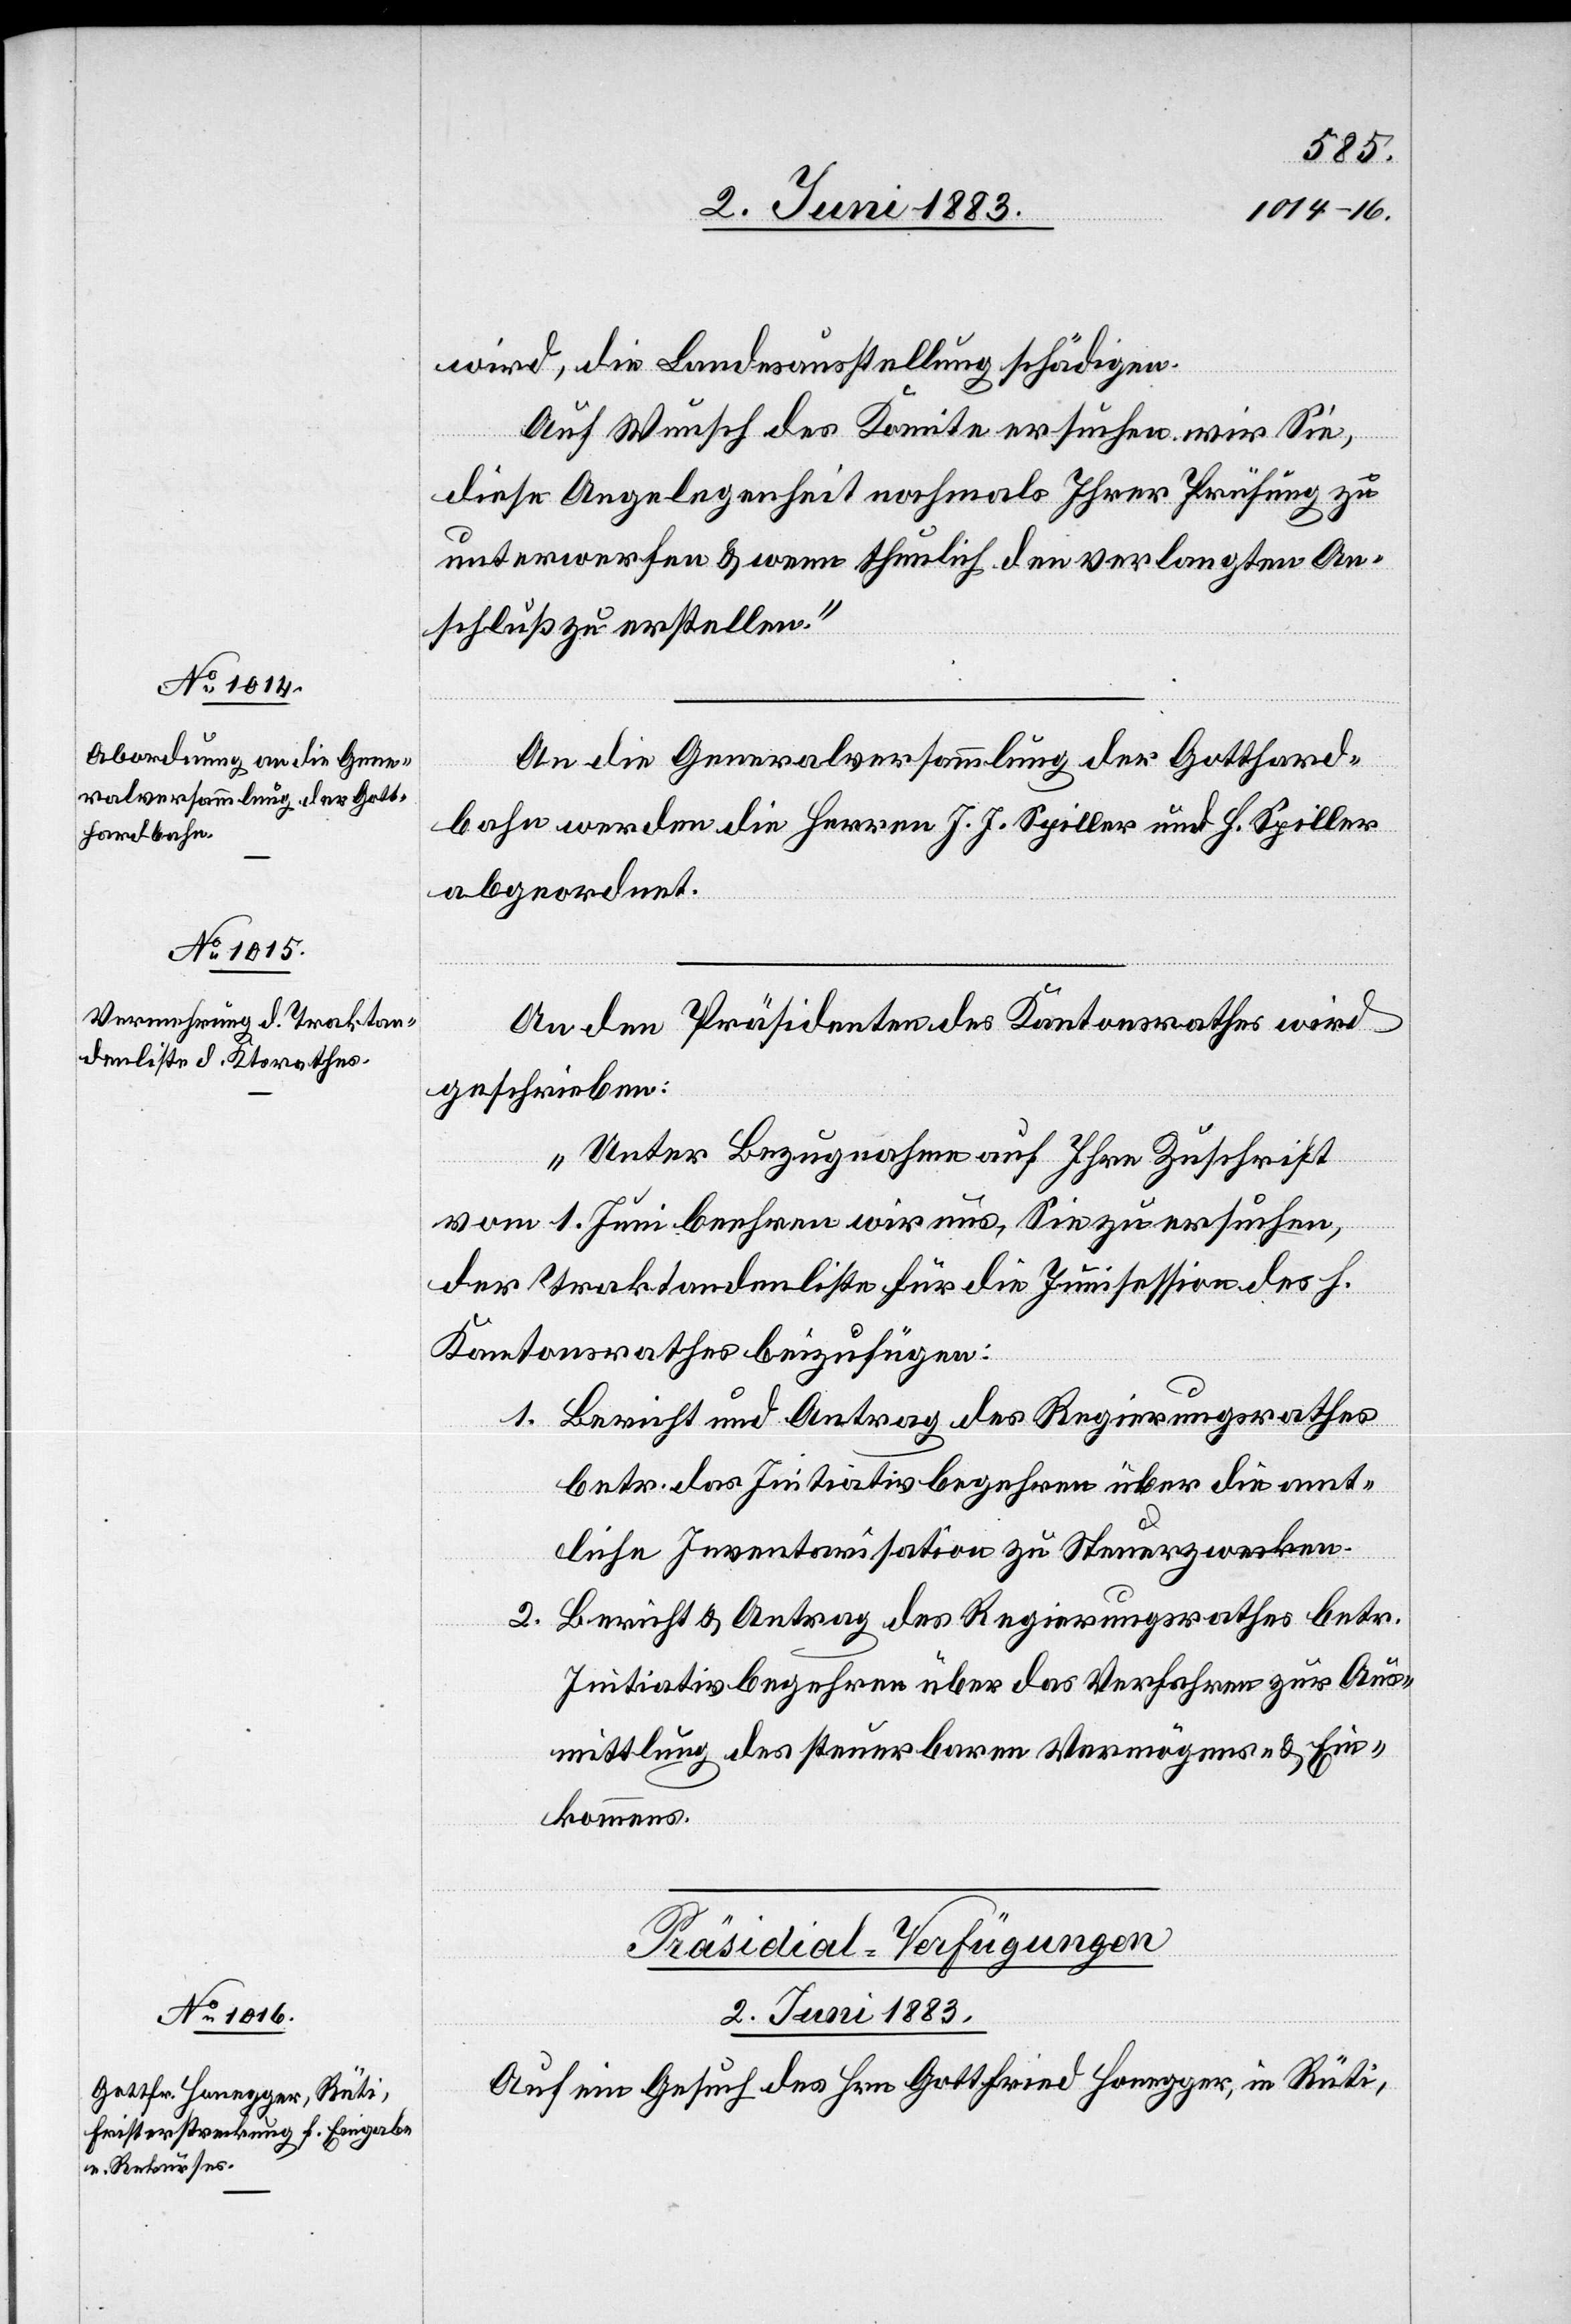
wird, die Landesausstellung schädigen.
Auf Wunsch des Komitee ersuchen wir Sie,
diese Angelegenheit nochmals Ihrer Prüfung zu
unterwerfen & wenn thunlich den verlangten An¬
schluß zu erstellen.“
An die Generalversammlung der Gotthard¬
bahn werden die Herren J. J. Spiller und H. Spiller
abgeordnet.
An den Präsidenten des Kantonsrathes wird
geschrieben:
„Unter Bezugnahme auf Ihre Zuschrift
vom 1. Juni beehren wir uns, Sie zu ersuchen,
der Traktandenliste für die Junisession des h.
Kantonsrathes beizufügen:
1. Bericht und Antrag des Regierungsrathes
betr. das Initiativbegehren über die amt¬
liche Inventarisation zu Steuerzwecken.
2. Bericht & Antrag des Regierungsrathes betr.
Initiativbegehren über das Verfahren zur Aus¬
mittlung des steuerbaren Vermögens- [sic!]
Einkommens.
Präsidial-Verfügungen
2. Juni 1883.
Auf ein Gesuch des Hrn. Gottfried Honegger, in Rüti,